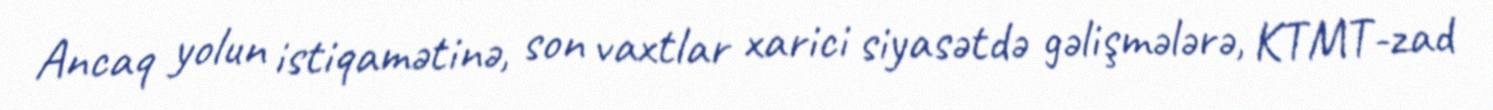
Ancaq yolun istiqamətinə, son vaxtlar xarici siyasətdə gəlişmələrə, KTMT-zad